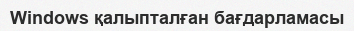
Windows қалыпталған бағдарламасы